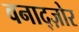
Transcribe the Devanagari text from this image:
वनाद्ज़ोर